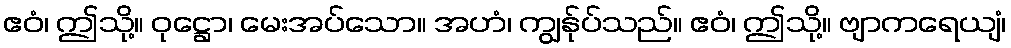
ဧဝံ၊ ဤသို့။ ဝုဋ္ဌော၊ မေးအပ်သော။ အဟံ၊ ကျွန်ုပ်သည်။ ဧဝံ၊ ဤသို့။ ဗျာကရေယျံ၊